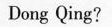
Dong Qing?